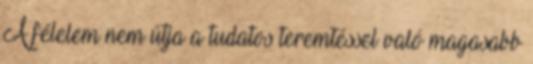
A félelem nem útja a tudatos teremtéssel való magasabb